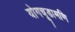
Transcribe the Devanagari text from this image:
योगचूडामणि